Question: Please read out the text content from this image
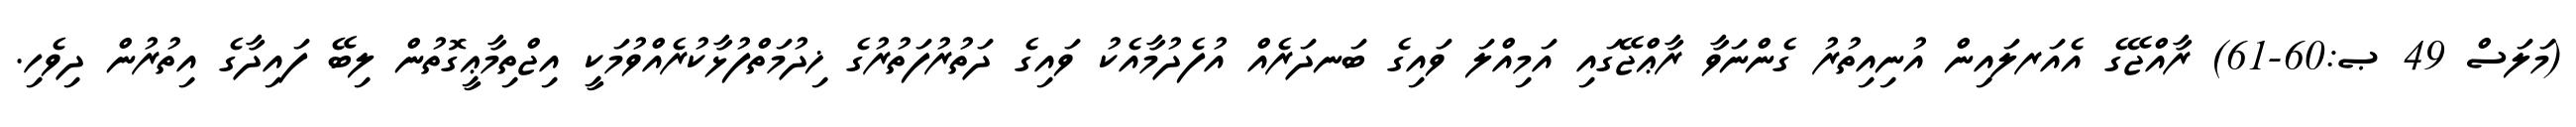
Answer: (މަލަސް 49 ޞ:60-61) ރާއްޖޭގެ އެއަރލައިން އުނިއިތުރު ގެންނަވާ ރާޢްޖޭގައި އަމިއްލަ ވައިގެ ބަނދަރެއް އުފެދުމާއެކު ވައިގެ ދަތުރުފަތުރުގެ ޚިދުމަތްފުޅާކުރެއްވުމަކީ އިޖްތިމާޢީގޮތުން ލިބޭ ފައިދާގެ އިތުރުން ދިވެހި.